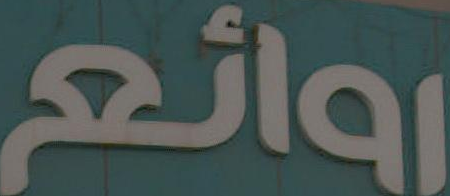
روائع